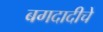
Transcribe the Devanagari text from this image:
बगदादीचे